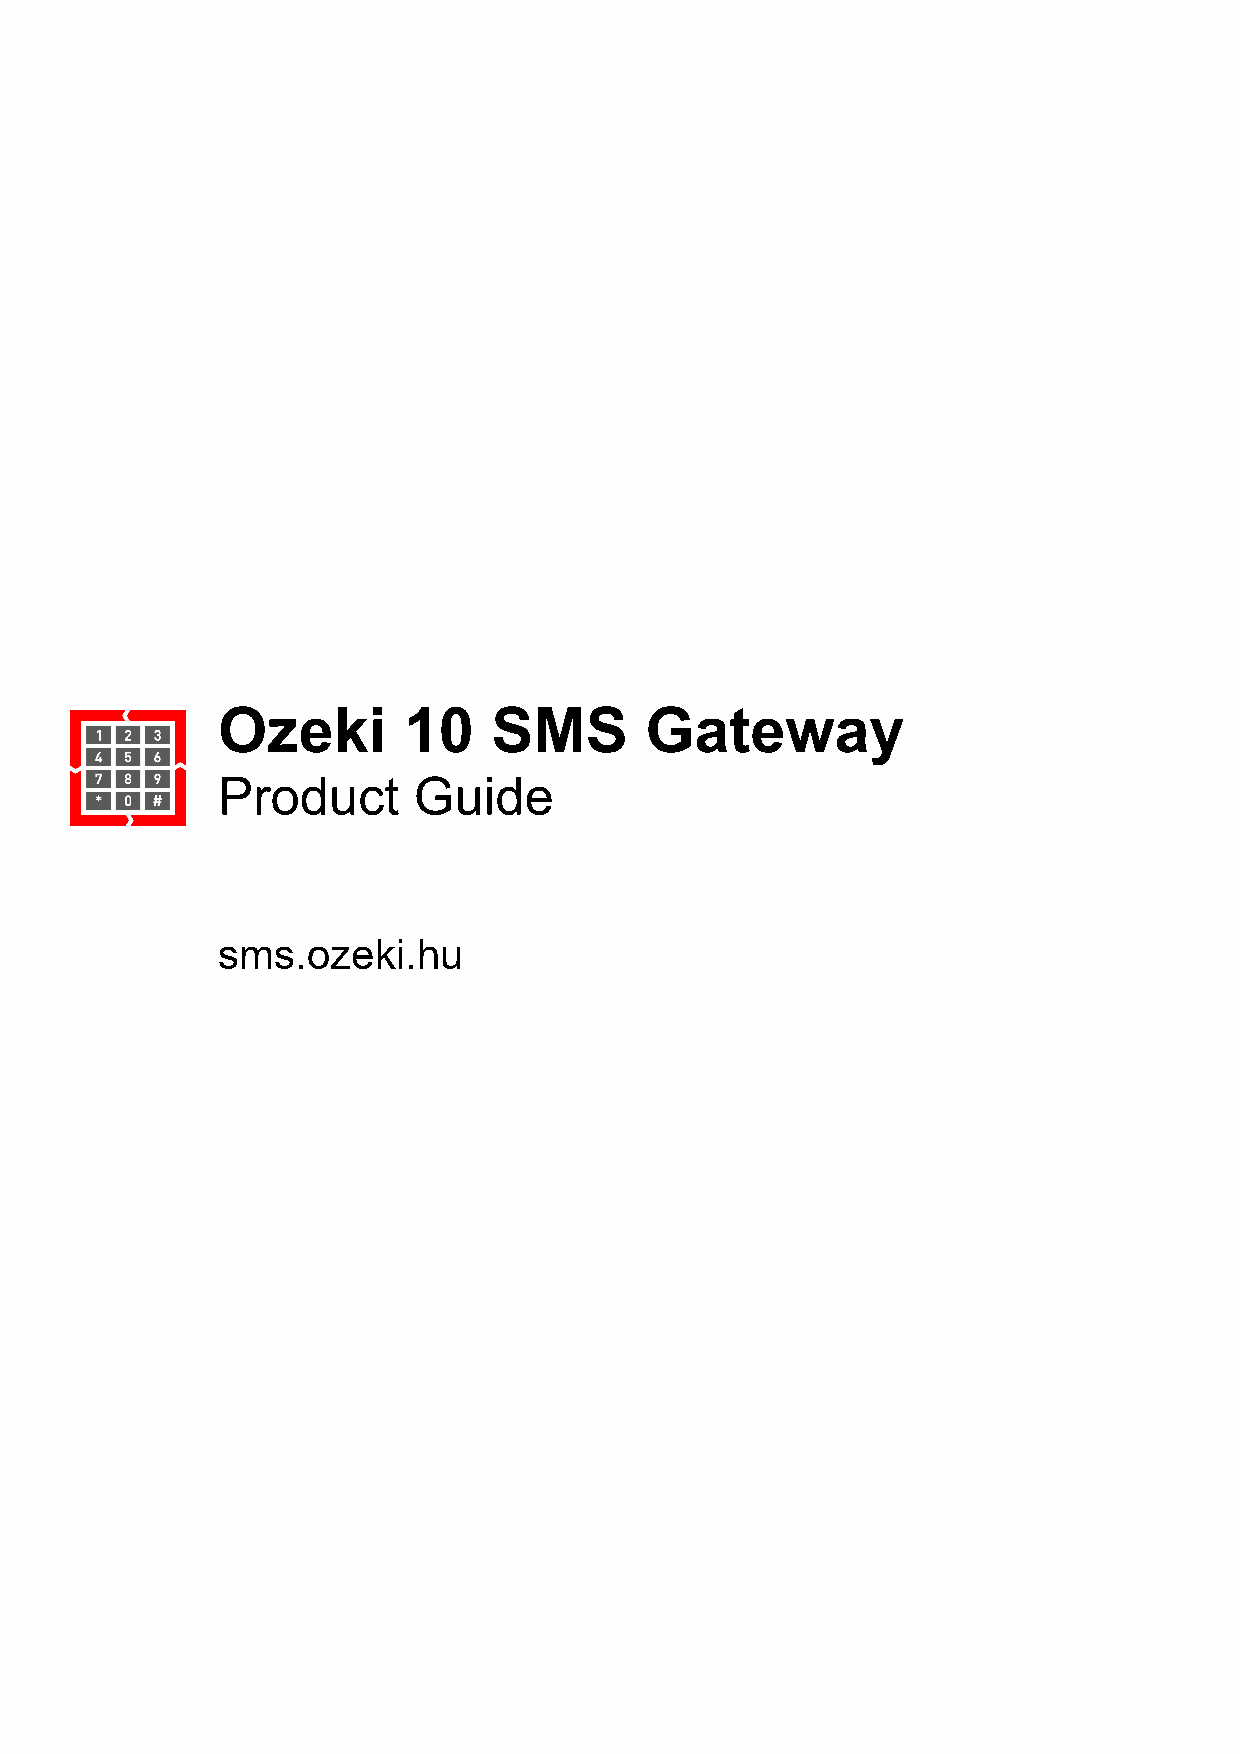
Ozeki        10    SMS       Gateway
 Product      Guide
 sms.ozeki.hu